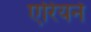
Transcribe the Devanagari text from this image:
एरियने